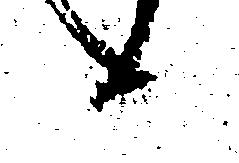
へ